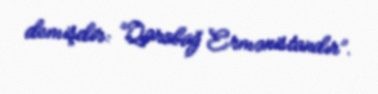
demişdir: “Qarabağ Ermənistandır”.